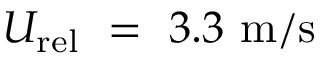
U _ { \mathrm { r e l } } ~ = ~ 3 . 3 ~ \mathrm { m / s }